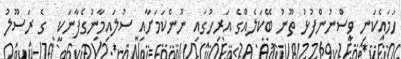
ހަމައެކަނި ވިސްނުންފުޅު ތޫނު ބޭކަލެއްގެ އަރިހުގައި ނޫންކަމަށާއި ސުލައިމާނުގެފާނަކީ  ގެ ރަސޫލު